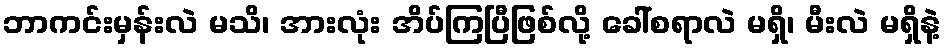
ဘာကင်းမှန်းလဲ မသိ၊ အားလုံး အိပ်ကြပြီဖြစ်လို့ ခေါ်စရာလဲ မရှိ၊ မီးလဲ မရှိနဲ့